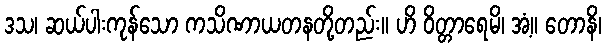
ဒသ၊ ဆယ်ပါးကုန်သော ကသိဏာယတနတို့တည်း။ ဟိ ဝိတ္တာရေမိ၊ အံ့။ တောနိ၊